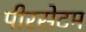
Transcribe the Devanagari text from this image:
पीरसेटम